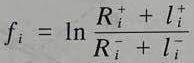
$f_{i}=\ln\frac{R_{i}^{+}+l_{i}^{+}}{R_{i}^{-}+l_{i}^{-}}$